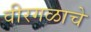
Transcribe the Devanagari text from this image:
वीरगळाचे